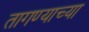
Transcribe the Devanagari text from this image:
तागण्याच्या